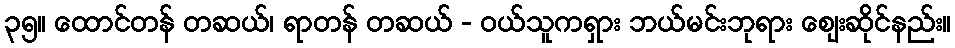
၃၅။ ထောင်တန် တဆယ်၊ ရာတန် တဆယ် - ဝယ်သူကရှား ဘယ်မင်းဘုရား ဈေးဆိုင်နည်း။